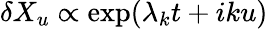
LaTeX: \delta X_{u}\propto\exp(\lambda_{k}t+iku)